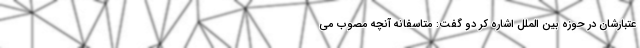
عتبارشان در حوزه بین الملل اشاره کر دو گفت: متاسفانه آنچه مصوب می